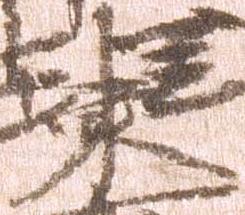
東